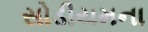
સોડીયમના